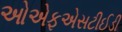
ઓએફએસટીઈડી